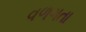
વળગતા